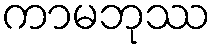
ကာမဘုဿ